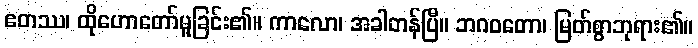
ဧတဿ၊ ထိုဟောတော်မူခြင်း၏။ ကာလော၊ အခါတန်ပြီ။ ဘဂဝတော၊ မြတ်စွာဘုရား၏။